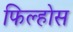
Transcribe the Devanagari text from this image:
फिल्होस